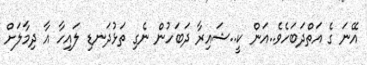
އޭނަ ގެ އަތްދަބަހެވެ..އަން ކީ..ޝައިރާ ދަބަހުން ނެގި ތަޅުދަނޑި ލައިހާ އާ ދިމާލަށް